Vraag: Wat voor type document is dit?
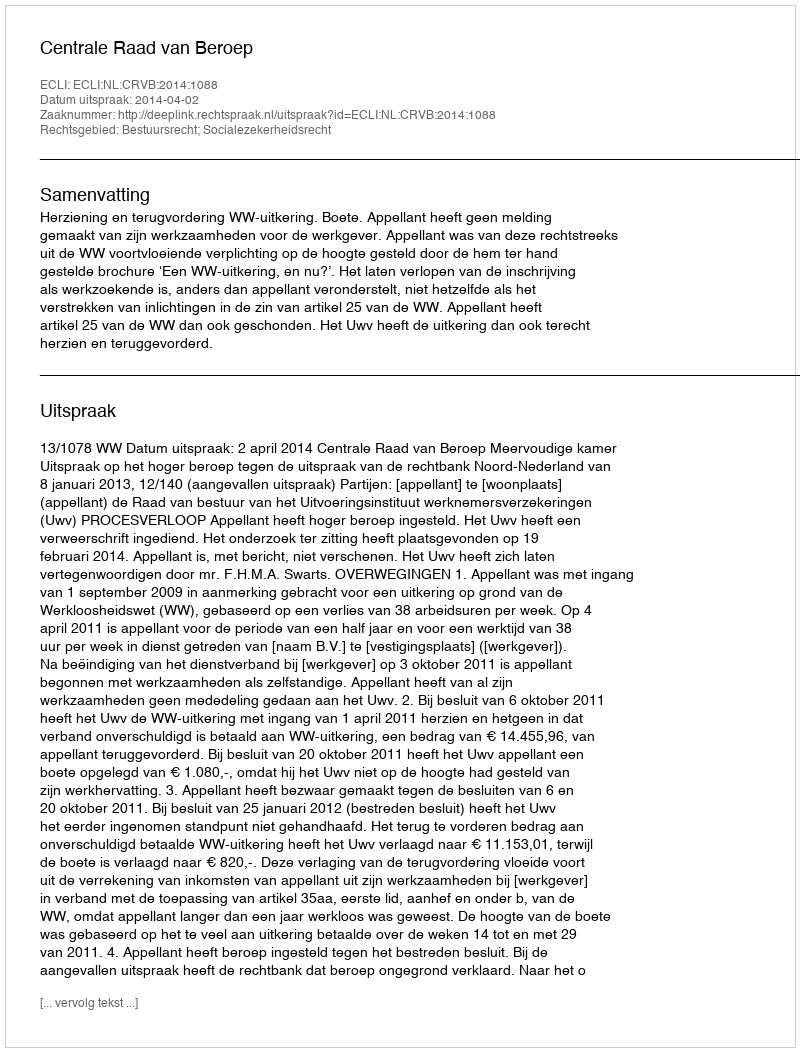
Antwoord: Uitspraak